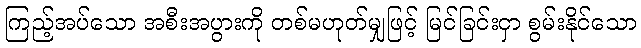
ကြည့်အပ်သော အစီးအပွားကို တစ်မဟုတ်မျှဖြင့် မြင်ခြင်းငှာ စွမ်းနိုင်သော